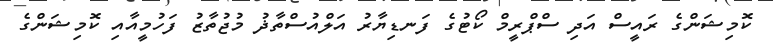
ކޮމިޝަންގެ ރައީސް އަދި ސްޕްރީމް ކޯޓުގެ ފަނޑިޔާރު އަލްއުސްތާޛު މުޖުތާޒު ފަހުމީއާއި ކޮމިޝަންގެ